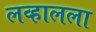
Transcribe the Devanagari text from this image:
लव्हालला